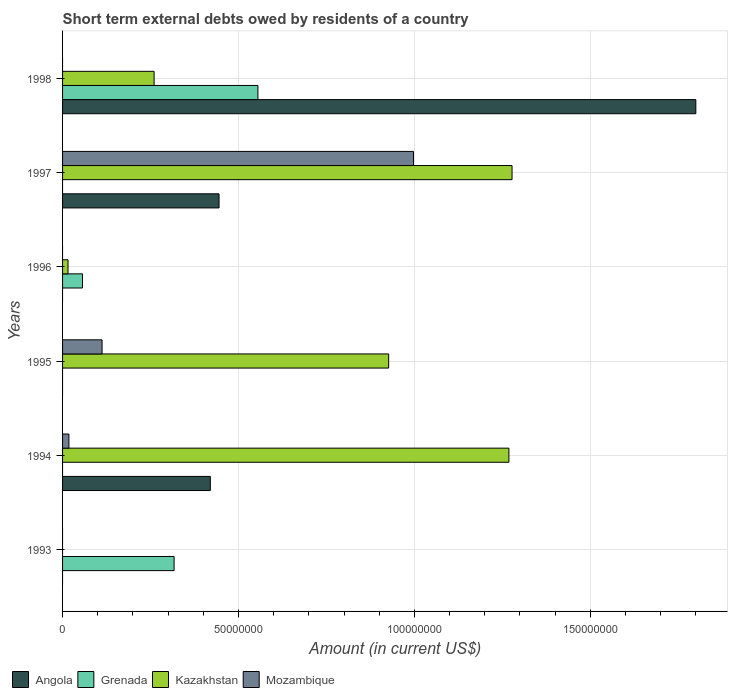
| Years | Angola | Grenada | Kazakhstan | Mozambique |
 | --- | --- | --- | --- | --- |
 | 1993 | -3.29e+08 | 3.17e+07 | -9.1e+06 | -6.87e+07 |
 | 1994 | 4.2e+07 | -2.78e+07 | 1.27e+08 | 1.8e+06 |
 | 1995 | -3.08e+08 | -9.6e+05 | 9.27e+07 | 1.12e+07 |
 | 1996 | -4.97e+07 | 5.66e+06 | 1.55e+06 | -1.1e+07 |
 | 1997 | 4.45e+07 | -6.7e+06 | 1.28e+08 | 9.97e+07 |
 | 1998 | 1.8e+08 | 5.55e+07 | 2.6e+07 | -2.06e+06 |